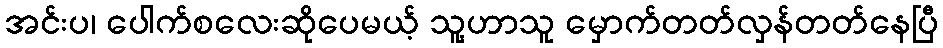
အင်းပ၊ ပေါက်စလေးဆိုပေမယ့် သူ့ဟာသူ မှောက်တတ်လှန်တတ်နေပြီ